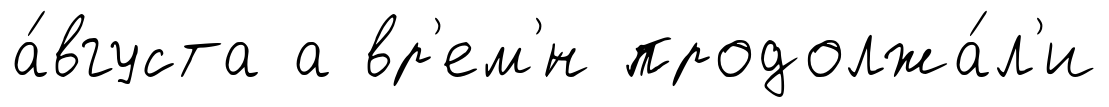
а́вгуста а вр'ем'́н продолжа́л'и